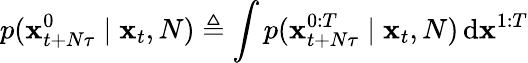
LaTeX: p(\mathbf{x}_{t+N\tau}^{0}\mid\mathbf{x}_{t},N)\triangleq\int p(\mathbf{x}_{t+N\tau}^{0:T}\mid\mathbf{x}_{t},N)\, \mathrm{d}\mathbf{x}^{1:T}